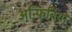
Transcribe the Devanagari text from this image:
अन्फिबियो